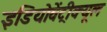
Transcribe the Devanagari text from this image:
इडियोवेंट्रीक्यूल